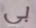
بي